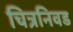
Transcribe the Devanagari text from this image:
चित्रनिवड